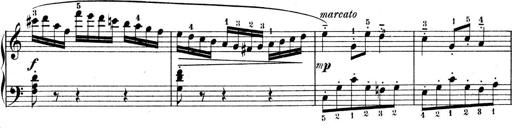
Title: 9 Sonatinen
Composer: Alexander Winterberger